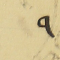
٩